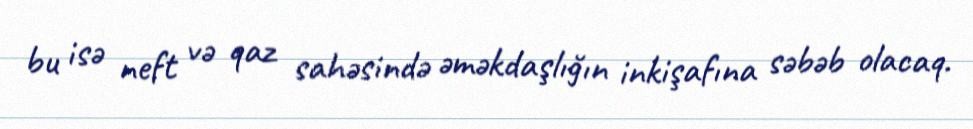
bu isə neft və qaz sahəsində əməkdaşlığın inkişafına səbəb olacaq.